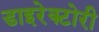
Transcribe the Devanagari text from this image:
डाइरेक्टोरी